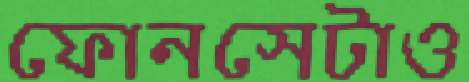
ফোনসেটাও